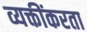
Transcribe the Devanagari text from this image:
व्यक्तींकरता